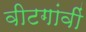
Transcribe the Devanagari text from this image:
वीटगांवीं